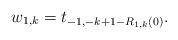
LaTeX: \begin{align*}w_{1,k} = t_{-1, -k+1 -R_{1,k}(0)}. \end{align*}